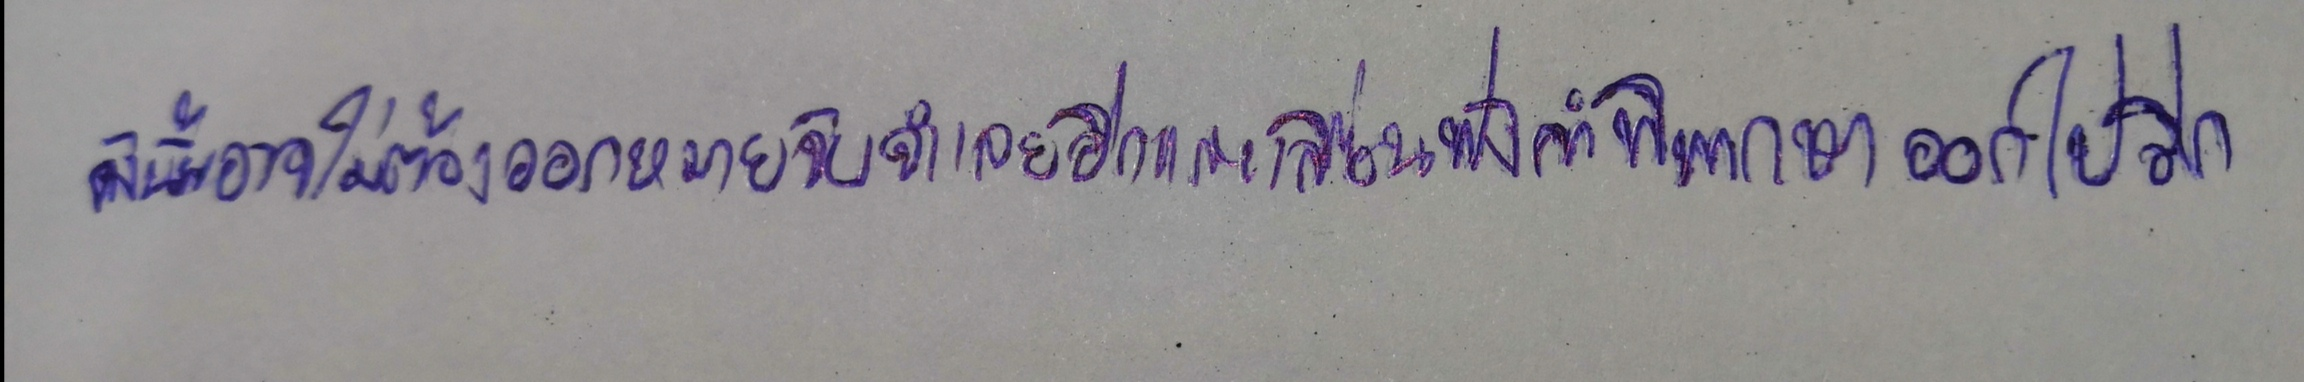
ดังนั้นอาจไม่ต้องออกหมายจับจำเลยอีกและเลื่อนฟังคำพิพากษาออกไปอีก